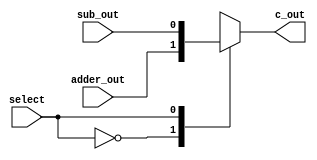
`timescale 1ns / 1ps
//////////////////////////////////////////////////////////////////////////////////
// Company: 
// Engineer: 
// 
// Design Name: 
// Module Name: addermux
// Project Name: 
// Target Devices: 
// Tool Versions: 
// Description: 
// 
// Dependencies: 
// 
// Revision:
// Revision 0.01 - File Created
// Additional Comments:
// 
//////////////////////////////////////////////////////////////////////////////////


module addermux(c_out, adder_out, sub_out, select);
input adder_out, sub_out; 
input select;
output reg c_out;

always @(*)
begin
case(select)
1'b0: c_out = adder_out;
1'b1: c_out = sub_out;
default:c_out = 0;
endcase
end

endmodule